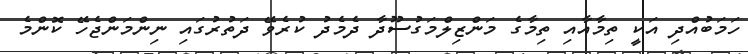
ހަމަބުއްދި އަކީ ތިމާއާއި ތިމާގެ މަންޒިލްމަގުސޫދާ ދެމެދު ކުރެވޭ ދަތުރުގައި ނިންމަންޖެހޭ ކޮންމެ